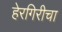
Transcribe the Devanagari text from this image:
हेरगिरीचा